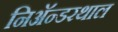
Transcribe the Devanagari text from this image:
निअॅन्डरथाल